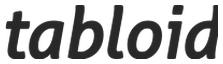
tabloid